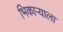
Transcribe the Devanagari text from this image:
भिकाऱ्याला